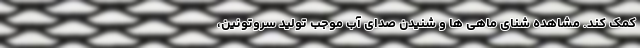
کمک کند. مشاهده شنای ماهی ها و شنیدن صدای آب موجب تولید سروتونین،